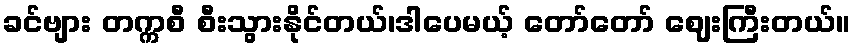
ခင်ဗျား တက္ကစီ စီးသွားနိုင်တယ်၊ဒါပေမယ့် တော်တော် ဈေးကြီးတယ်။